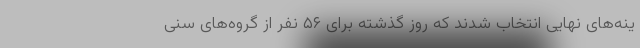
ینه‌های نهایی انتخاب شدند که روز گذشته برای ۵۶ نفر از گروه‌های سنی